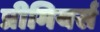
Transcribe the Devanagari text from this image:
प्रीमियर्स